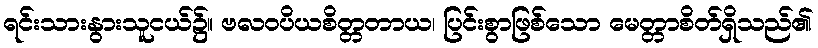
ရင်းသားနွားသူငယ်၌။ ဗလဝပိယစိတ္တတာယ၊ ပြင်းစွာဖြစ်သော မေတ္တာစိတ်ရှိသည်၏